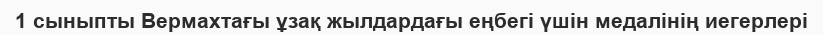
1 сыныпты Вермахтағы ұзақ жылдардағы еңбегі үшін медалінің иегерлері